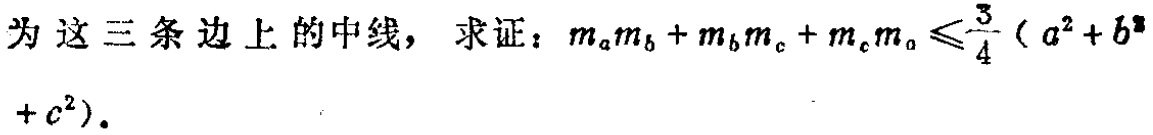
为这三条边上的中线，求证：\(m_{a}m_{b}+m_{b}m_{c}+m_{c}m_{a}\leqslant\frac{3}{4}(a^{2}+b^{2}+c^{2})\)。